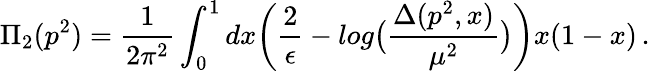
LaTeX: \Pi_{2}(p^{2})=\frac{1}{2\pi^{2}}\int_{0}^{1}dx\biggl(\frac{2}{\epsilon}-log\bigl(\frac{\Delta(p^{2},x)}{\mu^{2}}\bigr)\biggr)x(1-x)\, .